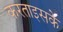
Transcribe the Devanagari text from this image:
करताइसके